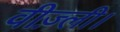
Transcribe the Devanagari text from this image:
वीज़्ली।